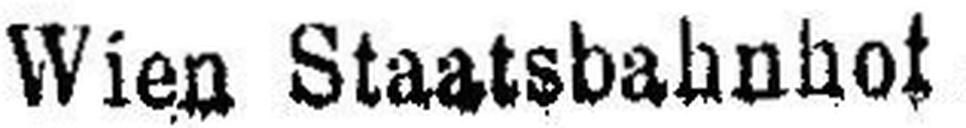
Wien Staatsbahnhof